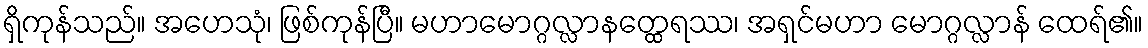
ရှိကုန်သည်။ အဟေသုံ၊ ဖြစ်ကုန်ပြီ။ မဟာမောဂ္ဂလ္လာနတ္ထေရဿ၊ အရှင်မဟာ မောဂ္ဂလ္လာန် ထေရ်၏။